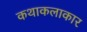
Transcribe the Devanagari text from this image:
कथाकलाकार